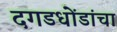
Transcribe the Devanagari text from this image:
दगडधोंडांचा